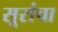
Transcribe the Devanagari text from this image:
सूरांचा